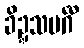
ခိဍ္ဍသမင်္ဂီ